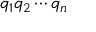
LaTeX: q _ { 1 } q _ { 2 } \cdots q _ { n }